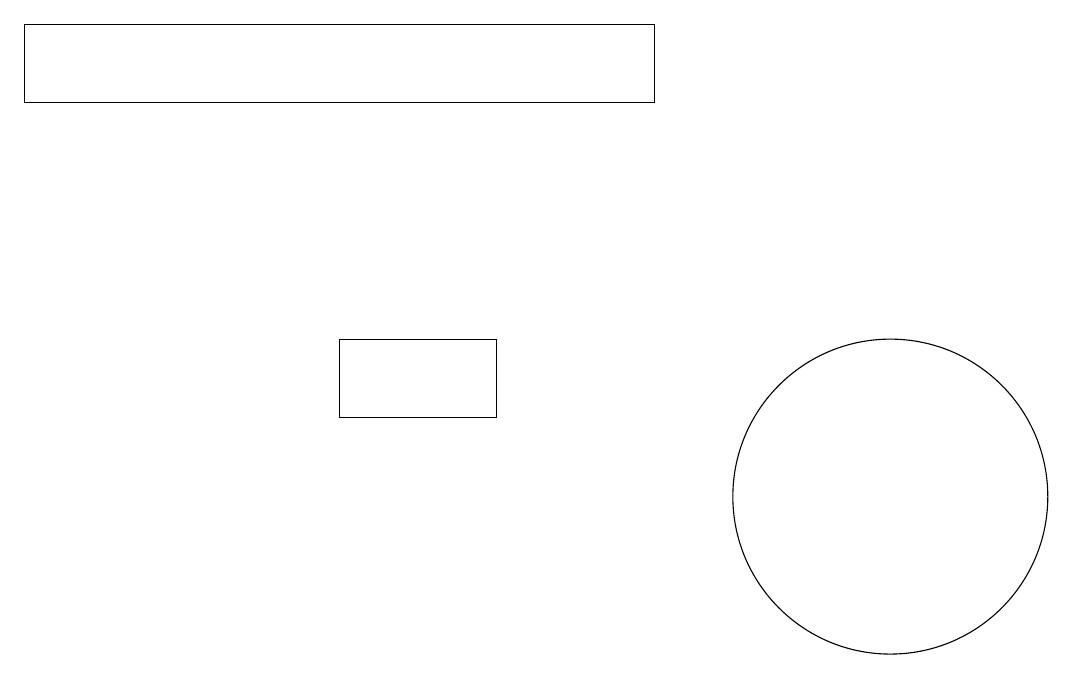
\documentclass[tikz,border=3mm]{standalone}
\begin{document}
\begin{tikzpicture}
\draw (7,12) rectangle (5,13);
\draw (12,11) circle (2);
\draw (9,16) rectangle (1,17);
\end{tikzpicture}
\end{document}